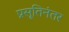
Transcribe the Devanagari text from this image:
प्रसूतिनंतर